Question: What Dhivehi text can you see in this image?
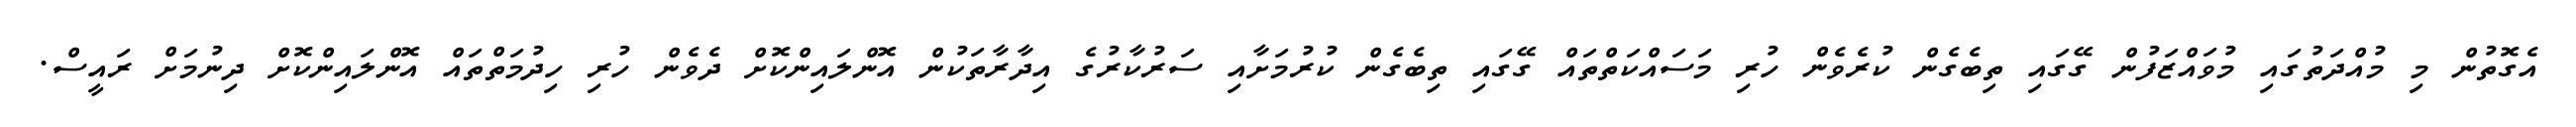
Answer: އެގޮތުން މި މުއްދަތުގައި މުވައްޒަފުން ގޭގައި ތިބެގެން ކުރެވެން ހުރި މަސައްކަތްތައް ގޭގައި ތިބެގެން ކުރުމަށާއި ސަރުކާރުގެ އިދާރާތަކުން އޮންލައިންކޮށް ދެވެން ހުރި ހިދުމަތްތައް އޮންލައިންކޮށް ދިނުމަށް ރައީސް.